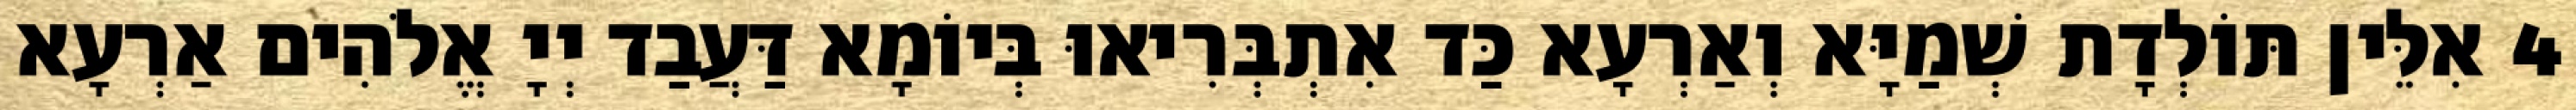
4 אִלֵּין תּוֹלְדָת שְׁמַיָּא וְאַרְעָא כַּד אִתְבְּרִיאוּ בְּיוֹמָא דַּעֲבַד יְיָ אֱלֹהִים אַרְעָא